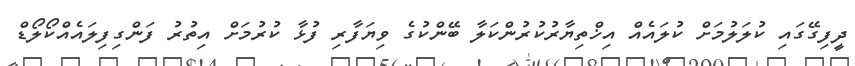
ދީފިގޭގައި ކުލަލުމަށް ކުލައެއް އިޚްތިޔާރުކުރުންކަލާ ބޭންކުގެ ވިޔަފާރި ފުޅާ ކުރުމަށް އިތުރު ފަންގިފިލައެއްކޯލޯޑް